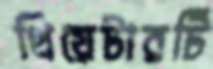
থিয়েটারটি